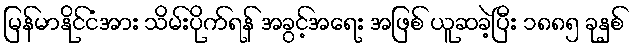
မြန်မာနိုင်ငံအား သိမ်းပိုက်ရန် အခွင့်အရေး အဖြစ် ယူဆခဲ့ပြီး ၁၈၈၅ ခုနှစ်